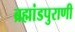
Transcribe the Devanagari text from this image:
ब्रह्मांडपुराणी